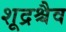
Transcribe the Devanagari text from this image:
शूद्रश्चैव